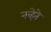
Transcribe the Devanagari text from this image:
नव्हेते